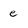
Character: e